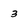
Character: 3